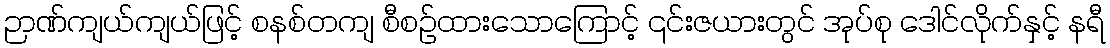
ဉာဏ်ကျယ်ကျယ်ဖြင့် စနစ်တကျ စီစဉ်ထားသောကြောင့် ၎င်းဇယားတွင် အုပ်စု ဒေါင်လိုက်နှင့် နရီ